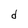
Character: d